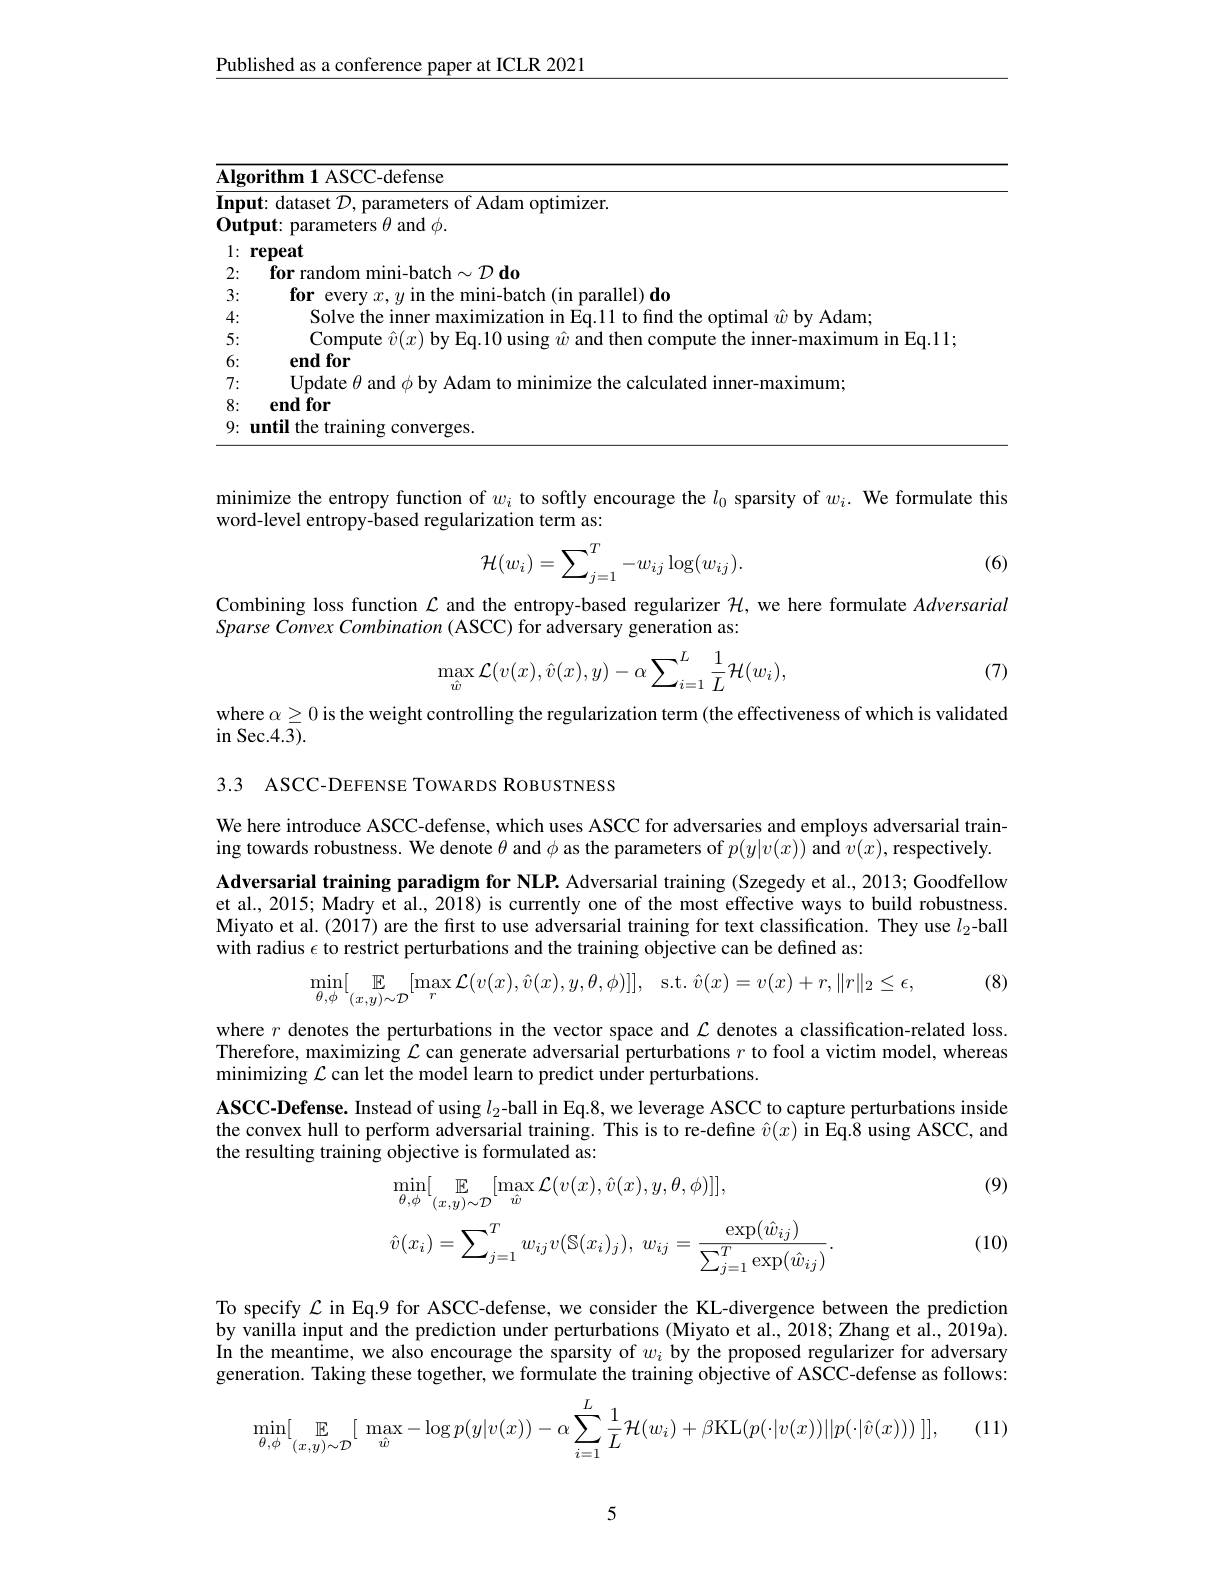
$\underline{\text{Published as a conference paper at ICLR 2021}}$

<table>
	<tbody>
		<tr>
			<td>$\overline{\mathbf{Alg}}$</td>
			<td>${\overline{|\mathbf{gorithm~1~ASCC-defense}}}$</td>
		</tr>
		<tr>
			<td>$\mathbf{I}_{\mathrm{b}}$ $[\mathbf{np}$ </td>
			<td>imizer. </td>
		</tr>
		<tr>
			<td>0 $1u1$ 1 1</td>
			<td>rameters $\theta$ and $\phi$</td>
		</tr>
		<tr>
			<td>1 ·</td>
			<td>repeat</td>
		</tr>
		<tr>
			<td>2:</td>
			<td>$\textbf{for random mini- batch}\sim \mathcal{D} \textbf{do}$</td>
		</tr>
		<tr>
			<td>3:</td>
			<td>for ever (in parallel) do</td>
		</tr>
		<tr>
			<td>4: 1 1 1 · 1</td>
			<td>Solve the in he ontimal $w$ hv Adam</td>
		</tr>
		<tr>
			<td>5: $\frac{1}{2}=\frac{1}{2}$ 1</td>
			<td> </td>
		</tr>
		<tr>
			<td>6:</td>
			<td>endfor</td>
		</tr>
		<tr>
			<td>7:</td>
			<td>$\operatorname{lndate}H$ 1 办 hv Adam culated inner-maximum</td>
		</tr>
		<tr>
			<td>8: 1</td>
			<td>end for</td>
		</tr>
		<tr>
			<td>9:</td>
			<td>1 the trainino converges</td>
		</tr>
	</tbody>
</table>

minimize the entropy function of $w_i$ to softly encourage the $l_0$ sparsity of $w_i.$ We formulate this
word-level entropy-based regularization term as:
$$\mathcal{H}(w_i)=\sum_{j=1}^T-w_{ij}\log(w_{ij}).$$
(6)

Combining loss function $\mathcal{L}$ and the entropy-based regularizer $\mathcal{H}$, we here formulate Adversarial
Sparse Convex Combination ( ASCC) for adversary generation as:

(7)
$$\max_{\hat{w}}\mathcal{L}(v(x),\hat{v}(x),y)-\alpha\sum_{i=1}^{L}\frac{1}{L}\mathcal{H}(w_{i}),$$
where $\alpha\geq0$ is the weight controlling the regularization term (the effectiveness of which is validated
$\operatorname{in}$ Sec.4.3).

3.3 ASCC-DEFENSE TOWARDS ROBUSTNESS

We here introduce ASCC-defense, which uses ASCC for adversaries and employs adversarial training towards robustness. We denote $\theta$ and $\phi$ as the parameters of $p(y|v(x))$ and $\dot v(x)$,respectively.

Adversarial training paradigm for NLP. Adversarial training (Szegedy et al., 2013; Goodfellow et al., 2015; Madry et al., 2018) is currently one of the most effective ways to build robustness. Miyato et al. (2017) are the first to use adversarial training for text classification. They use $l_{2}$-ball with radius $\epsilon$ to restrict perturbations and the training objective can be defined as:

(8)
$$\min_{\theta,\phi}[\underset{(x,y)\sim\mathcal{D}}{\mathbb{E}}[\max_{r}\mathcal{L}(v(x),\hat{v}(x),y,\theta,\phi)]],\quad\mathrm{s.t.}\:\hat{v}(x)=v(x)+r,\|r\|_{2}\leq\epsilon,$$
where $r$ denotes the perturbations in the vector space and $\mathcal{L}$ denotes a classification-related loss. Therefore, maximizing $\mathcal{L}$ can generate adversarial perturbations $r$ to fool a victim model, whereas minimizing $\mathcal{L}$ can let the model learn to predict under perturbations.
ASCC-Defense. Instead of using $l_2$-ball in Eq.8, we leverage ASCC to capture perturbations inside the convex hull to perform adversarial training. This is to re-define $\hat{v}(x)$ in Eq.8 using ASCC, and the resulting training objective is formulated as:
$$\begin{aligned}&\operatorname*{min}_{\theta,\phi}[\:\mathbb{E}_{(x,y)\sim\mathcal{D}}[\operatorname*{max}_{\hat{w}}\mathcal{L}(v(x),\hat{v}(x),y,\theta,\phi)]],\\&\hat{v}(x_{i})=\sum_{j=1}^{T}w_{ij}v(\mathbb{S}(x_{i})_{j}),\:w_{ij}=\frac{\exp(\hat{w}_{ij})}{\sum_{j=1}^{T}\exp(\hat{w}_{ij})}.\end{aligned}$$
(9)

(10)

To specify $\mathcal{L}$ in Eq.9 for ASCC-defense, we consider the KL-divergence between the prediction by vanilla input and the prediction under perturbations (Miyato et al., 2018; Zhang et al., 2019a). In the meantime, we also encourage the sparsity of $w_i$ by the proposed regularizer for adversary generation. Taking these together, we formulate the training objective of ASCC-defense as follows:
$$\min_{\theta,\phi}[\underset{(x,y)\sim\mathcal{D}}{\mathbb{E}}[\max_{\hat{w}}-\log p(y|v(x))-\alpha\sum_{i=1}^{L}\frac{1}{L}\mathcal{H}(w_{i})+\beta\mathrm{KL}(p(\cdot|v(x))||p(\cdot|\hat{v}(x)))\:]],$$
(11)

5